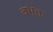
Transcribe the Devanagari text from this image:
वभक्त